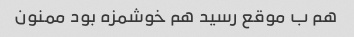
هم ب موقع رسید هم خوشمزه بود ممنون